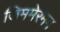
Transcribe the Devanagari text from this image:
जिममेरमन